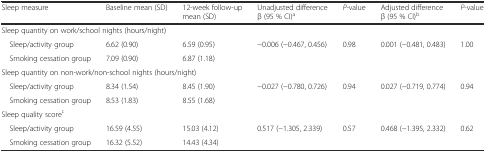
| Sleep measure | Baseline mean (SD) | 12-week follow-up mean (SD) | Unadjusted difference β (95 % CI)a | P-value | Adjusted difference β (95 % CI)b | P-value |
 | --- | --- | --- | --- | --- | --- | --- |
 | <COLSPAN=7> Sleep quantity on work/school nights (hours/night) |
 | Sleep/activity group | 6.62 (0.90) | 6.59 (0.95) | <ROWSPAN=2> −0.006 (−0.467, 0.456) | <ROWSPAN=2> 0.98 | <ROWSPAN=2> 0.001 (−0.481, 0.483) | <ROWSPAN=2> 1.00 |
 | Smoking cessation group | 7.09 (0.90) | 6.87 (1.18) |
 | <COLSPAN=7> Sleep quantity on non-work/non-school nights (hours/night) |
 | Sleep/activity group | 8.34 (1.54) | 8.45 (1.90) | <ROWSPAN=2> −0.027 (−0.780, 0.726) | <ROWSPAN=2> 0.94 | <ROWSPAN=2> 0.027 (−0.719, 0.774) | <ROWSPAN=2> 0.94 |
 | Smoking cessation group | 8.53 (1.83) | 8.55 (1.68) |
 | <COLSPAN=7> Sleep quality scorec |
 | Sleep/activity group | 16.59 (4.55) | 15.03 (4.12) | <ROWSPAN=2> 0.517 (−1.305, 2.339) | <ROWSPAN=2> 0.57 | <ROWSPAN=2> 0.468 (−1.395, 2.332) | <ROWSPAN=2> 0.62 |
 | Smoking cessation group | 16.32 (5.52) | 14.43 (4.34) |